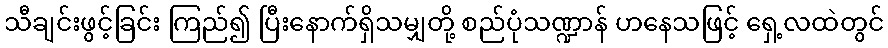
သီချင်းဖွင့်ခြင်း ကြည်၍ ပြီးနောက်ရှိသမျှတို့ စည်ပုံသဏ္ဍာန် ဟနေသဖြင့် ရှေ့လထဲတွင်